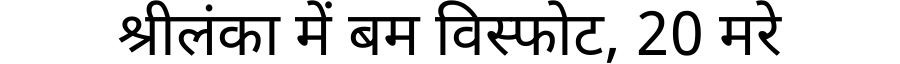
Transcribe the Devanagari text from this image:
श्रीलंका में बम विस्फोट, 20 मरे